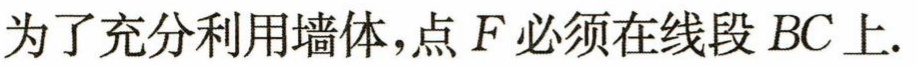
为了充分利用墙体，点 \(F\) 必须在线段 \(BC\) 上.